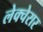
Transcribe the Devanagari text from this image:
लेक्चेरार